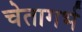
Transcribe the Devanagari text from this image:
चेतागर्भ